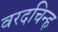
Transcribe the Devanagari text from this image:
वरदचिन्ह